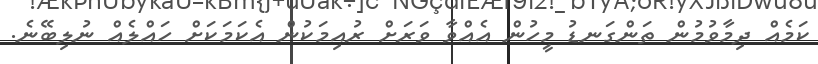
ކަމެއް ދިމާވުމުން ތަންގަނޑު މީހުން އެއްވާ ވަރަށް ރުއިމަކުން އެކަމަކަށް ހައްލެއް ނުލިބޭނެ.